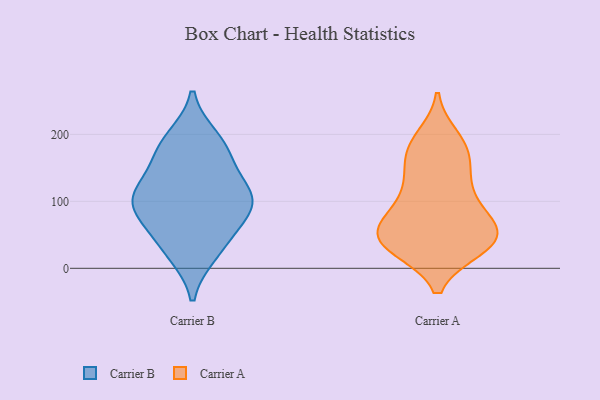
{"axis": {"x": "Backlog", "y": "Value"}, "legend": ["Carrier A", "Carrier B"], "data": [{"x": "", "y": 171, "type": "Carrier B"}, {"x": "", "y": 24, "type": "Carrier B"}, {"x": "", "y": 115, "type": "Carrier B"}, {"x": "", "y": 69, "type": "Carrier B"}, {"x": "", "y": 112, "type": "Carrier B"}, {"x": "", "y": 175, "type": "Carrier B"}, {"x": "", "y": 88, "type": "Carrier B"}, {"x": "", "y": 192, "type": "Carrier B"}, {"x": "", "y": 107, "type": "Carrier B"}, {"x": "", "y": 99, "type": "Carrier B"}, {"x": "", "y": 34, "type": "Carrier B"}, {"x": "", "y": 111, "type": "Carrier A"}, {"x": "", "y": 76, "type": "Carrier A"}, {"x": "", "y": 106, "type": "Carrier A"}, {"x": "", "y": 40, "type": "Carrier A"}, {"x": "", "y": 182, "type": "Carrier A"}, {"x": "", "y": 194, "type": "Carrier A"}, {"x": "", "y": 54, "type": "Carrier A"}, {"x": "", "y": 31, "type": "Carrier A"}, {"x": "", "y": 37, "type": "Carrier A"}, {"x": "", "y": 174, "type": "Carrier A"}, {"x": "", "y": 138, "type": "Carrier A"}, {"x": "", "y": 61, "type": "Carrier A"}, {"x": "", "y": 32, "type": "Carrier A"}, {"x": "", "y": 139, "type": "Carrier A"}, {"x": "", "y": 37, "type": "Carrier A"}, {"x": "", "y": 37, "type": "Carrier A"}, {"x": "", "y": 64, "type": "Carrier A"}, {"x": "", "y": 74, "type": "Carrier A"}, {"x": "", "y": 176, "type": "Carrier A"}]}